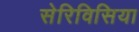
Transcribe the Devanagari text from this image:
सेरिविसिया